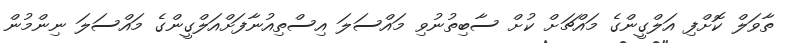
ތާވަލް ކޮށްފި އަލްގީންގެ މައްޗަށް ކުށް ސާބިތުނުވި މައްސަލަ އިސްތިއުނާފަށްއަލްގީންގެ މައްސަލަ ނިންމުން